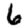
Digit: 6